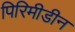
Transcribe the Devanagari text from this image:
पिरिमीडीन